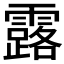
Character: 露